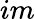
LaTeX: im